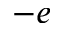
- e